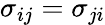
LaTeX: \sigma_{ij}=\sigma_{ji}